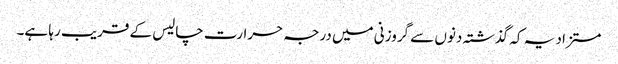
مستزاد یہ کہ گذشتہ دنوں سے گروزنی میں درجہ حرارت چالیس کے قریب رہا ہے۔